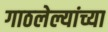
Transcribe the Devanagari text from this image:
गाठलेल्यांच्या